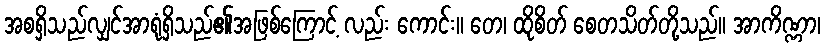
အစရှိသည်လျှင်အာရုံရှိသည်၏အဖြစ်ကြောင့် လည်း ကောင်း။ တေ၊ ထိုစိတ် စေတသိတ်တို့သည်။ အာကိဏ္ဏာ၊